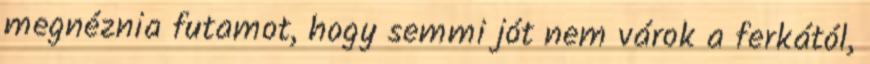
megnéznia futamot, hogy semmi jót nem várok a ferkától,